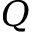
Q